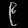
Digit: ၉